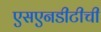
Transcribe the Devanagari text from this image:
एसएनडीटीची